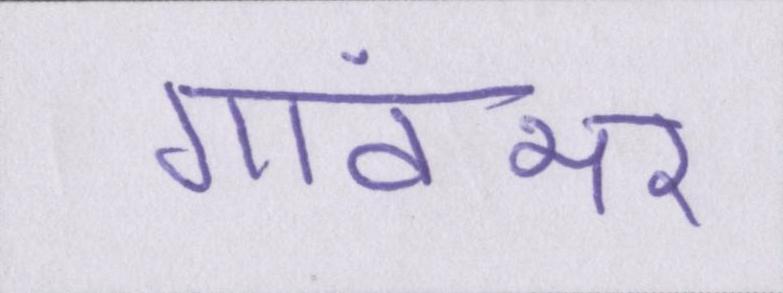
गांवभर